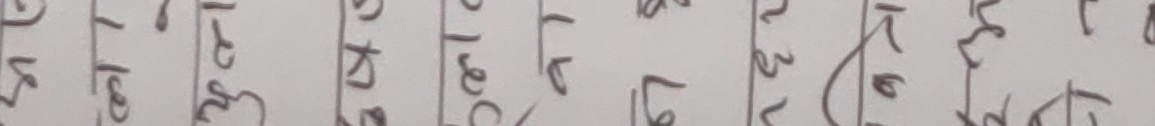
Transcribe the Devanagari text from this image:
४२५
१७८
२३६
४०२
३७७
१५९
८१६
२२३
५१६
३५४